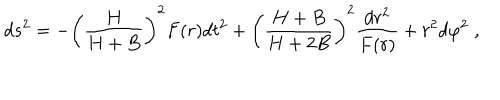
LaTeX: d s ^ { 2 } = - \left( \frac { H } { H + B } \right) ^ { 2 } F ( r ) d t ^ { 2 } + \left( \frac { H + B } { H + 2 B } \right) ^ { 2 } \frac { d r ^ { 2 } } { F ( r ) } + r ^ { 2 } d \varphi ^ { 2 } \; ,